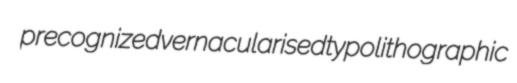
precognized vernacularised typolithographic